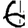
Digit: 6